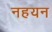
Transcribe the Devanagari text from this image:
नहयन